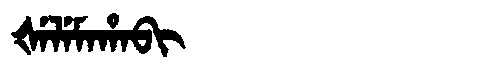
Manchu: ᡧᡝᠯᡝᠮᠠᡥᠠᠪᡳ
Romanization: ŠELEMAHABI